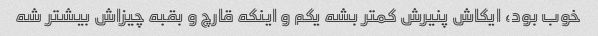
خوب بود، ایکاش پنیرش کمتر بشه یکم و اینکه قارچ و بقبه چیزاش بیشتر شه